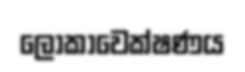
ලෝකාවෙක්ෂණය